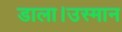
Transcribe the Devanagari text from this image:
डाला।उस्मान